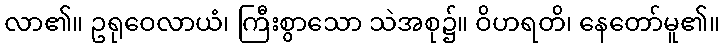
လာ၏။ ဥရုဝေလာယံ၊ ကြီးစွာသော သဲအစု၌။ ဝိဟရတိ၊ နေတော်မူ၏။